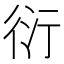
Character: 衍